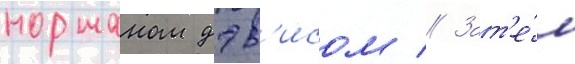
норманом дэв'исом // Зат'е́м